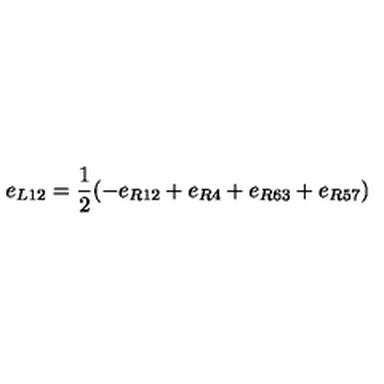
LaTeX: e _ { L 1 2 } = \frac { 1 } { 2 } ( - e _ { R 1 2 } + e _ { R 4 } + e _ { R 6 3 } + e _ { R 5 7 } )